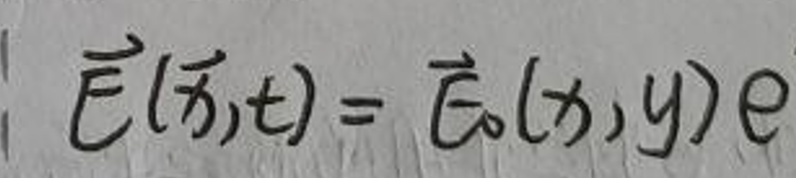
\[ \vec{E}(\vec{r},t) = \vec{E}_0(x,y) e \]